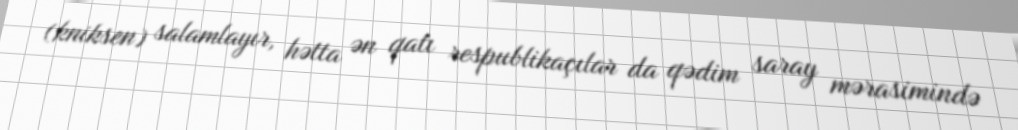
(kniksen) salamlayır, hətta ən qatı respublikaçılar da qədim saray mərasimində